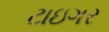
ટાઇગર